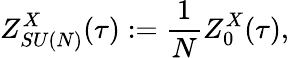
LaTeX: Z_{SU(N)}^{X}(\tau):=\frac{1}{N}Z_{0}^{X}(\tau),